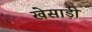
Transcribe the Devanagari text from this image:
खेसाड़ी